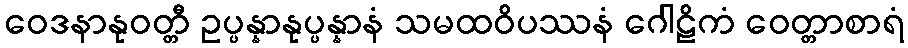
ဝေဒနာနုဝတ္တီ ဥပ္ပန္နာနုပ္ပန္နာနံ သမထဝိပဿနံ ဂေါဠိကံ ဝေတ္တာစာရံ